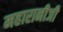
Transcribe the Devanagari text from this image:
महारानीजी